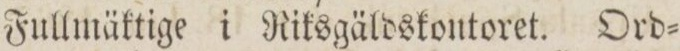
Fullmäktige i Riksgäldskontoret. Ord=